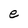
Character: e